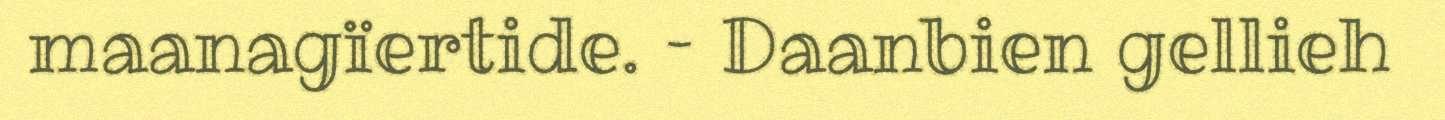
maanagïertide. – Daanbien gellieh